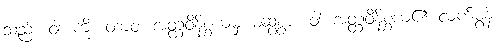
သည်။ ဝါ၊ ကို။ တာဝ၊ အတ္ထဝိနိစ္ဆယမှ မဆွစွာ။ ဝါ၊ အတ္ထဝိနိစ္ဆယ၏ လက်မွန်။